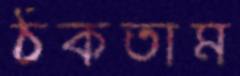
ঠকতাম